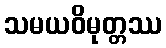
သမယဝိမုတ္တဿ